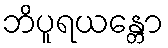
ဘိပူရယန္တော